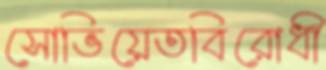
সোভিয়েতবিরোধী